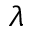
\lambda